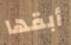
أبقها